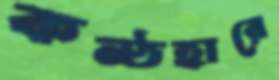
কন্ঠহারে